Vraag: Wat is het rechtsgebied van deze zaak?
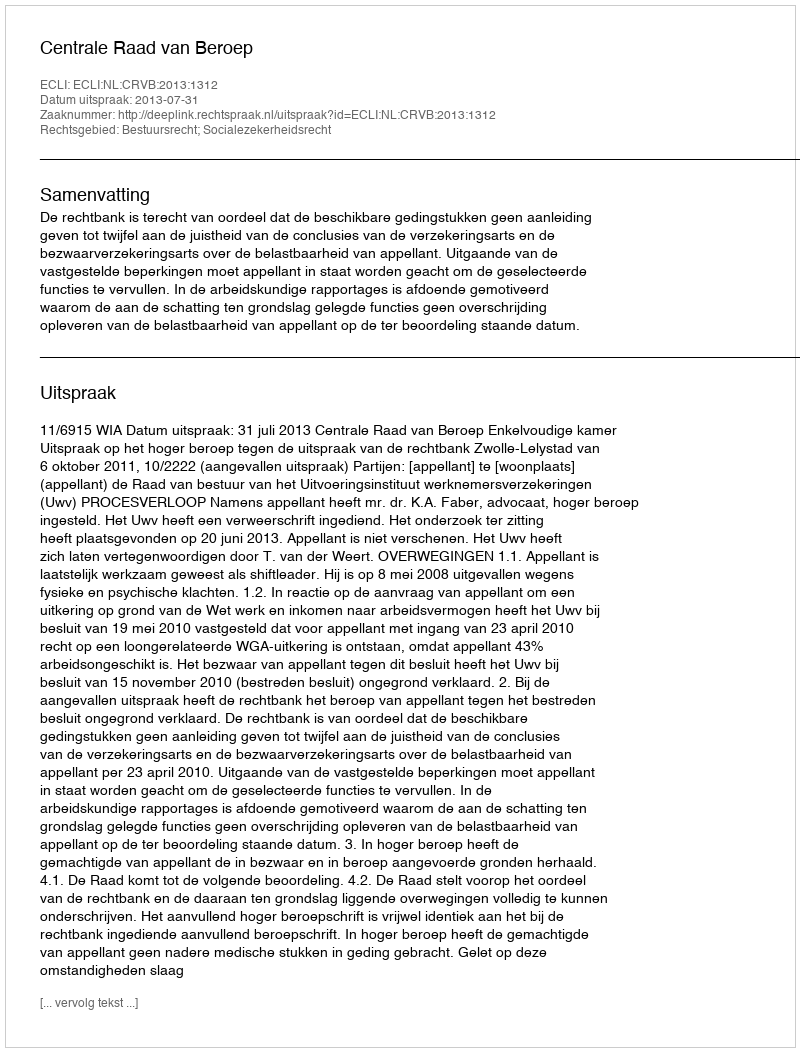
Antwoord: Bestuursrecht; Socialezekerheidsrecht